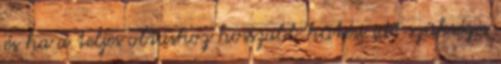
és ha a teljes oltáshoz hosszabb hûtési idõ szükséges